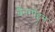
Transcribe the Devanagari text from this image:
बैनगोइन